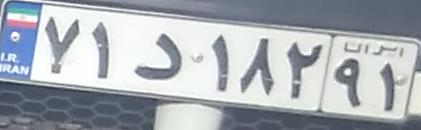
۷۱د۱۸۲۹۱